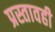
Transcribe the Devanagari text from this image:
प्रस्तावही